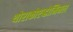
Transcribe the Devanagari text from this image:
थोराकोएब्डोमिनल